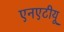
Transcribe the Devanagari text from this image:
एनएटीयू